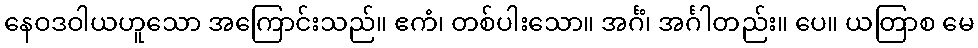
နေဝဒဝါယဟူသော အကြောင်းသည်။ ဧကံ၊ တစ်ပါးသော။ အင်္ဂံ၊ အင်္ဂါတည်း။ ပေ။ ယတြာစ မေ